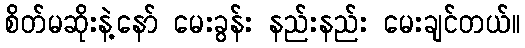
စိတ်မဆိုးနဲ့နော် မေးခွန်း နည်းနည်း မေးချင်တယ်။